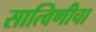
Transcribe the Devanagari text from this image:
सात्विणीचा